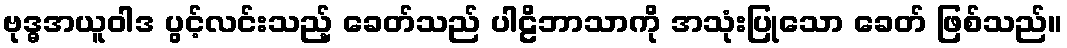
ဗုဒ္ဓအယူဝါဒ ပွင့်လင်းသည့် ခေတ်သည် ပါဠိဘာသာကို အသုံးပြုသော ခေတ် ဖြစ်သည်။